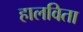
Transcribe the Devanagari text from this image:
हालविता